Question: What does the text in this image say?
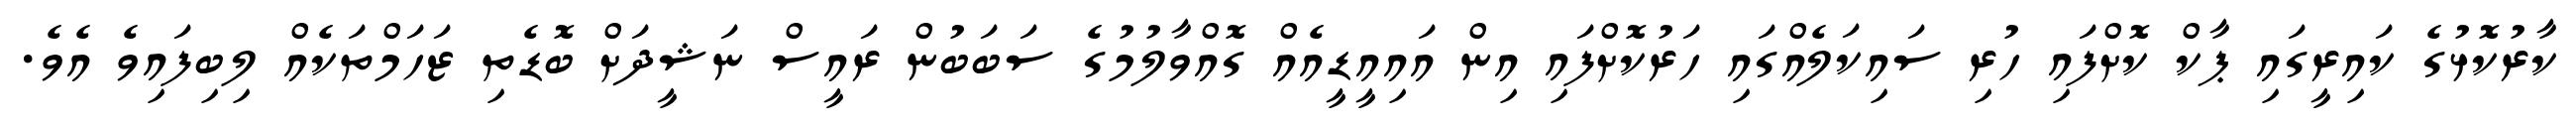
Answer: ކާރުކޮޅުގެ ކައިރީގައި ޕާކް ކޮށްފައި ހުރި ސައިކަލެއްގައި ހަރުކޮށްފައި އިން އައިއީޑީއެއް ގޮއްވާލުމުގެ ސަބަބުން ރައީސް ނަޝީދަށް ބޮޑެތި ޒަހަމްތަކެއް ލިބިފައިވެ އެވެ.